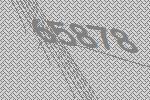
65878